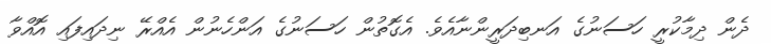
ދެން ދިމާކުރީ ހަސަނުގެ އަނބިދަރީންނާއެވެ. އެގޮތުން ހަސަނުގެ އަންހެނުން އެއްރޭ ނިދައިފައި އޮއްވާ